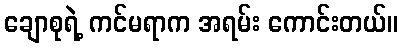
ချောစုရဲ့ ကင်မရာက အရမ်း ကောင်းတယ်။